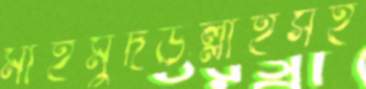
মাহমুদউল্লাহসহ